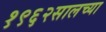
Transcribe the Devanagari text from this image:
१९६२सालच्या